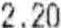
2.20